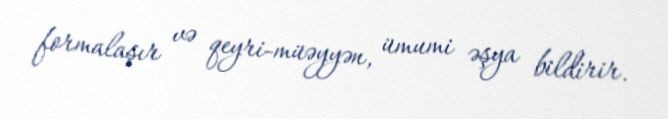
formalaşır və qeyri-müəyyən, ümumi əşya bildirir.